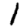
Digit: 1